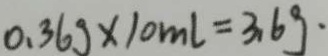
0 . 3 6 g \times 1 0 m l = 3 . 6 g \cdot